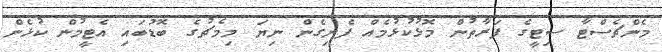
މެންޗެސްޓާ ސިޓީގެ ފަރާތުން މޮޅުކުޅުމެއް ފެނިގެން ނިޔަ މިމެޗުގެ ބޮޑުބައި އެޓީމުން ކުޅެން